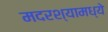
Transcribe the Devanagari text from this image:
मदरश्यामध्ये